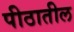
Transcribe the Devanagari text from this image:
पीठातील